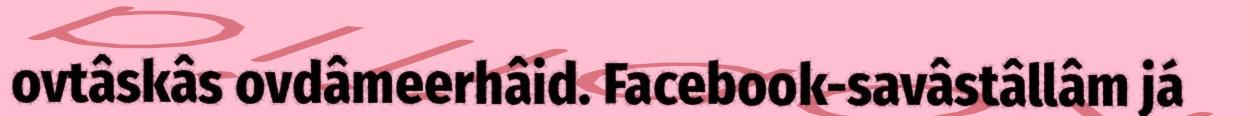
ovtâskâs ovdâmeerhâid. Facebook-savâstâllâm já